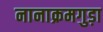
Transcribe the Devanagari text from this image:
नानाक्रमगुड़ा